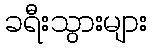
ခရီးသွားများ